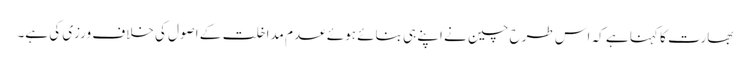
بھارت کا کہنا ہے کہ اس طرح چین نے اپنے ہی بنائے ہوئے عدم مداخلت کے اصول کی خلاف ورزی کی ہے۔